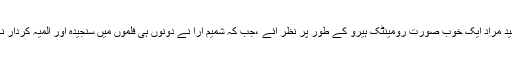
دونوں فلموں میں وحید مراد ایک خُوب صورت رومینٹک ہیرو کے طور پر نظر آئے ،جب کہ شمیم آرا نے دونوں ہی فلموں میں سنجیدہ اور المیہ کردار نگاری کا مظاہرہ کیا۔